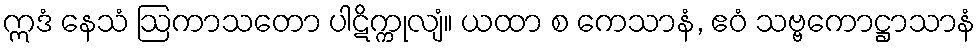
ဣဒံ နေသံ ဩကာသတော ပါဋိက္ကုလျံ။ ယထာ စ ကေသာနံ, ဧဝံ သဗ္ဗကောဋ္ဌာသာနံ